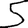
Digit: 5